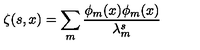
\zeta ( s , x ) = \sum _ { m } \frac { \phi _ { m } ( x ) \phi _ { m } ( x ) } { \lambda _ { m } ^ { s } }